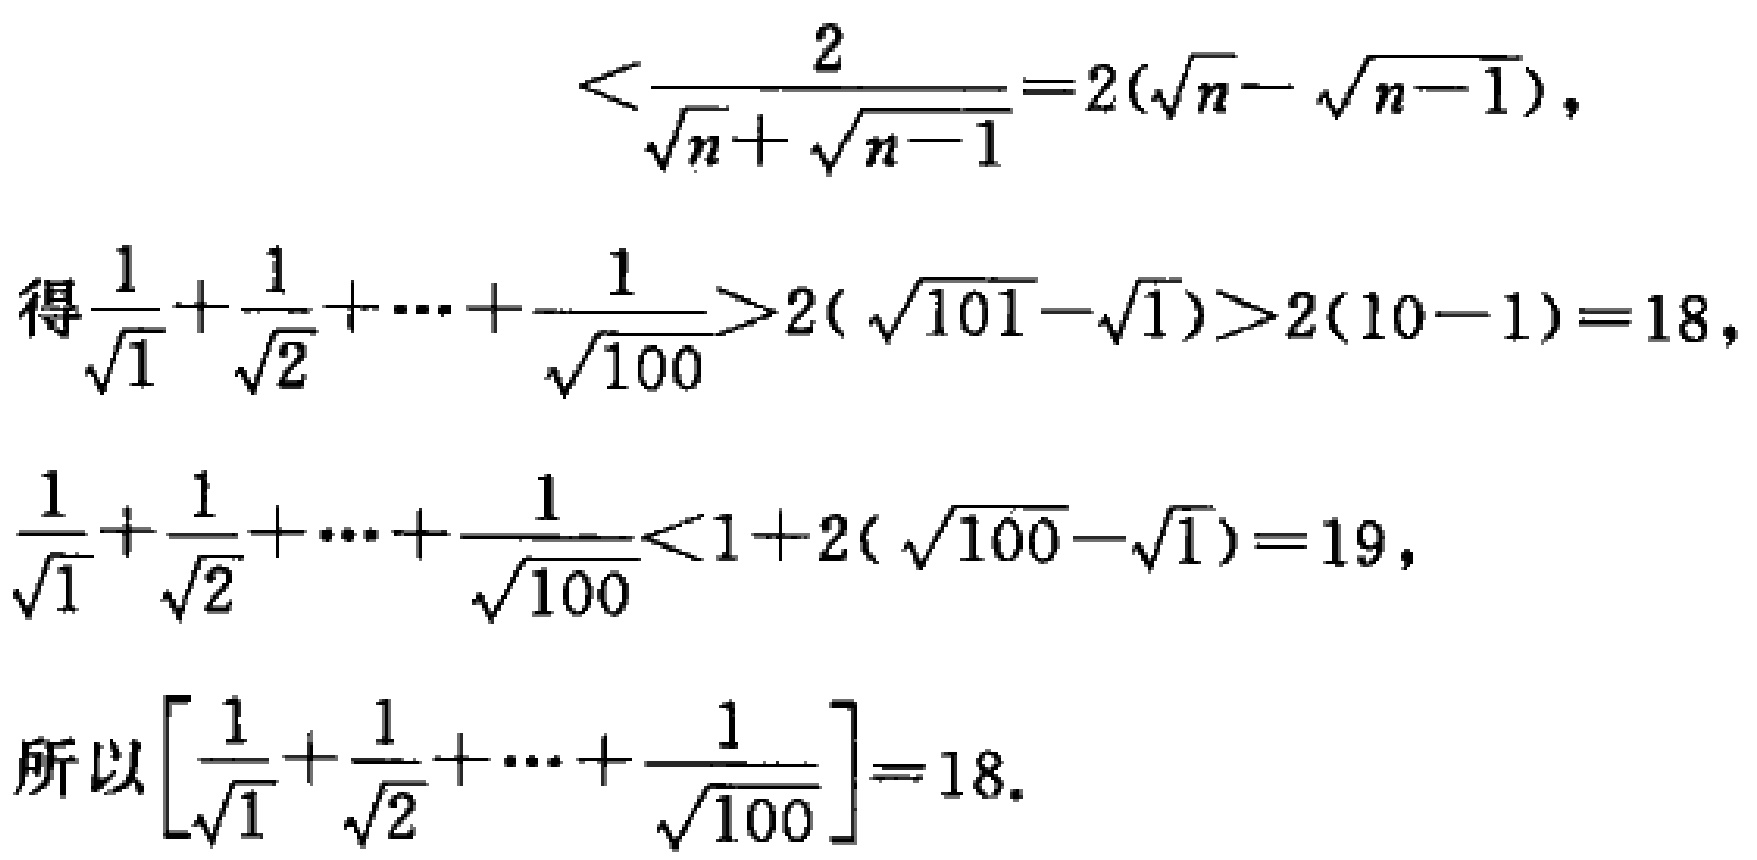
\[
<\frac{2}{\sqrt{n}+\sqrt{n - 1}} = 2(\sqrt{n}-\sqrt{n - 1}),
\]
\[
\begin{align*}
\text{得}\frac{1}{\sqrt{1}}+\frac{1}{\sqrt{2}}+\cdots+\frac{1}{\sqrt{100}}&>2(\sqrt{101}-\sqrt{1})>2(10 - 1)=18,\\
\frac{1}{\sqrt{1}}+\frac{1}{\sqrt{2}}+\cdots+\frac{1}{\sqrt{100}}&<1 + 2(\sqrt{100}-\sqrt{1})=19,
\end{align*}
\]
\[
\text{所以}\left[\frac{1}{\sqrt{1}}+\frac{1}{\sqrt{2}}+\cdots+\frac{1}{\sqrt{100}}\right]=18.
\]